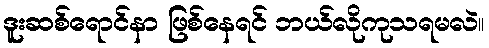
ဒူးဆစ်ရောင်နာ ဖြစ်နေရင် ဘယ်လိုကုသရမလဲ။